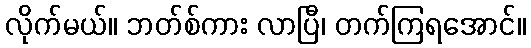
လိုက်မယ်။ ဘတ်စ်ကား လာပြီ၊ တက်ကြရအောင်။